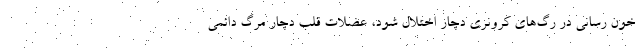
خون رسانی در رگ‌های کرونری دچار اختلال شود، عضلات قلب دچار مرگ دائمی